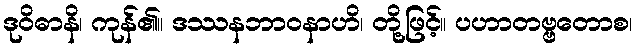
ဒုဝိဓာနိ၊ ကုန်၏။ ဒဿနဘာဝနာဟိ၊ တို့ဖြင့်။ ပဟာတဗ္ဗတောစ၊